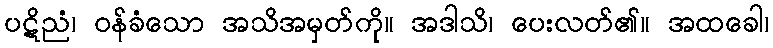
ပဋိညံ၊ ဝန်ခံသော အသိအမှတ်ကို။ အဒါသိ၊ ပေးလတ်၏။ အထခေါ၊